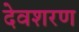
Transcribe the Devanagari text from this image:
देवशरण